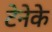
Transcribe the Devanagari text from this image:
टेनेके